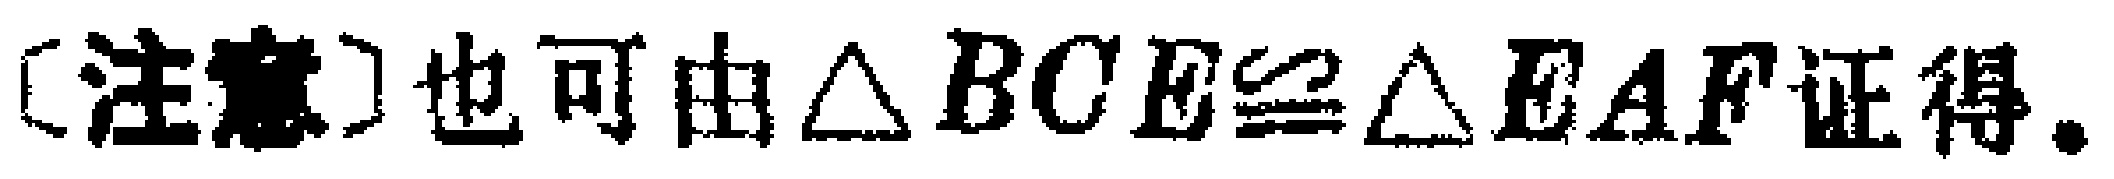
[注意]也可由$\triangle BCE\cong\triangle EAF$证得.